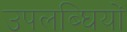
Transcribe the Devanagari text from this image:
उपलब्घियों